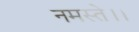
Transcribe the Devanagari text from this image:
नमस्ते।।